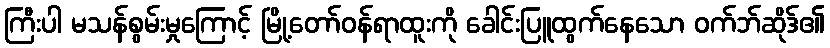
ကြီးပါ မသန်စွမ်းမှုကြောင့် မြို့တော်ဝန်ရာထူးကို ခေါင်းပြူထွက်နေသော ဝက်ဘ်ဆိုဒ်၏